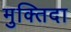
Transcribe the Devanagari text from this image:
मुक्‍तिदा